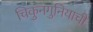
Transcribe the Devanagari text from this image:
चिकुनगुनियाची